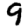
Digit: 9